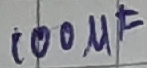
Text: 100µF